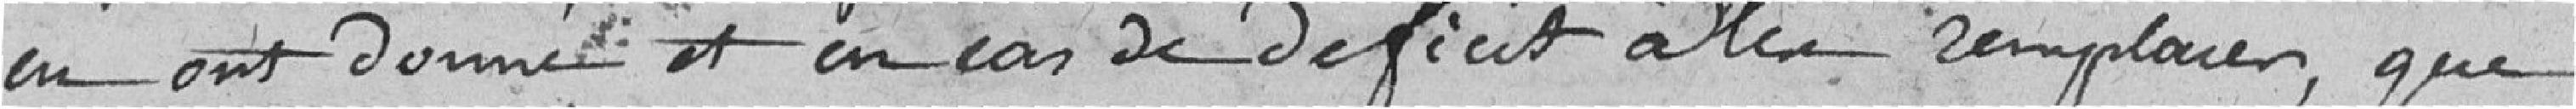
en ont donné et, en cas de déficit, à les remplacer; que